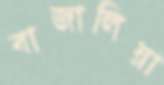
বাজালিয়া